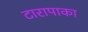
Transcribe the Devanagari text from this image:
टारापाका